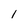
Character: 1